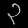
Digit: ၃